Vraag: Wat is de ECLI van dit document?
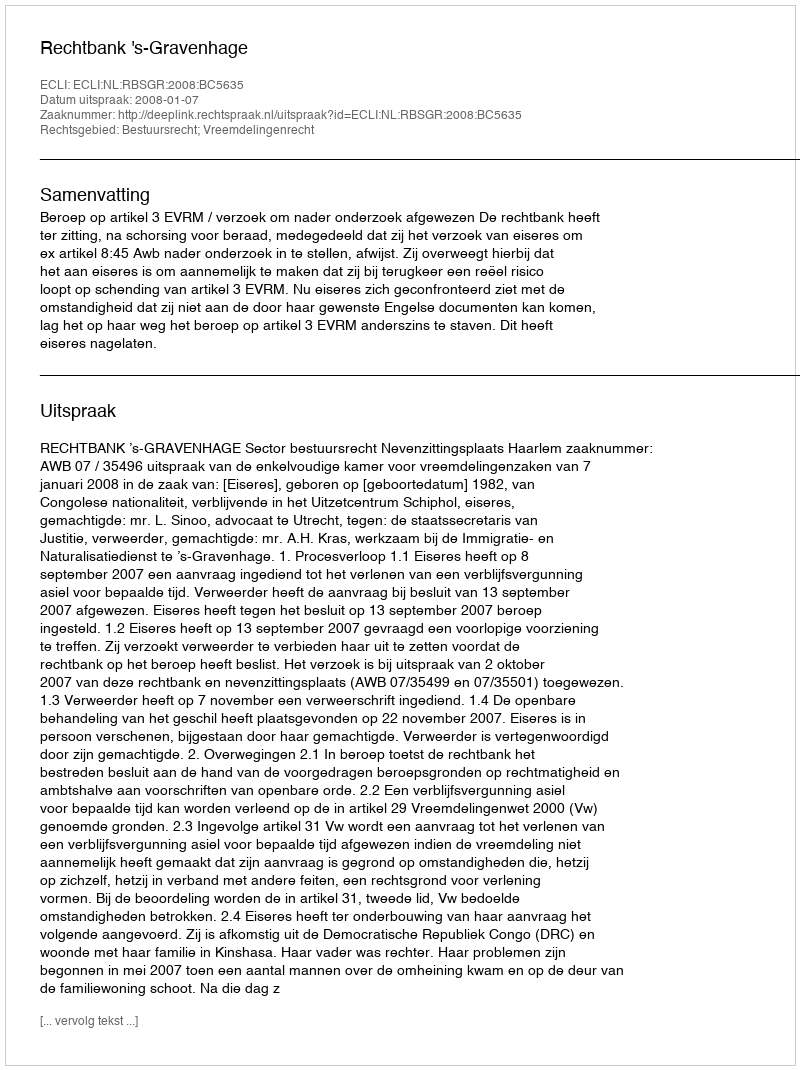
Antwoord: ECLI:NL:RBSGR:2008:BC5635